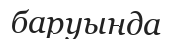
баруында